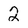
Character: 2